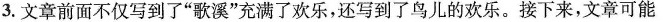
3.文章前面不仅写到了”歌溪”充满了欢乐，还写到了鸟儿的欢乐。接下来，文章可能